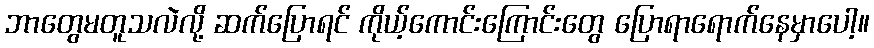
ဘာတွေမတူသလဲလို့ ဆက်ပြောရင် ကိုယ့်ကောင်းကြောင်းတွေ ပြောရာရောက်နေမှာပေါ့။